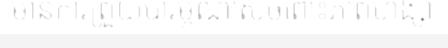
មានការព្រួយបារម្ភណាស់ចំពោះភាពហិង្សា